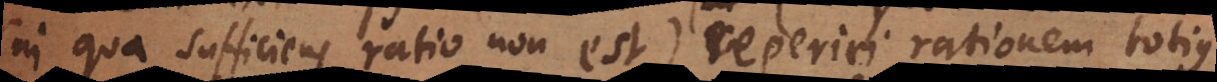
(in qua sufficiens ratio non est) reperiri rationem primo